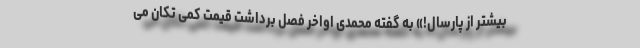
بیشتر از پارسال!» به گفته محمدی اواخر فصل برداشت قیمت کمی تکان می